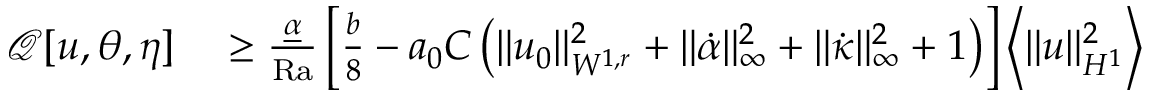
\begin{array} { r l } { \mathcal { Q } [ u , \theta , \eta ] } & { { } \geq \frac { \underline { { \alpha } } } { \mathrm { { R a } } } \left[ \frac { b } { 8 } - a _ { 0 } C \left( \| u _ { 0 } \| _ { W ^ { 1 , r } } ^ { 2 } + \| \dot { \alpha } \| _ { \infty } ^ { 2 } + \| \dot { \kappa } \| _ { \infty } ^ { 2 } + 1 \right) \right] \left\langle \| u \| _ { H ^ { 1 } } ^ { 2 } \right\rangle } \end{array}